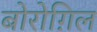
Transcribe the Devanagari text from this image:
बोरोग़िल